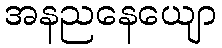
အနညနေယျော